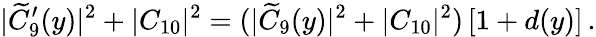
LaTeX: |\widetilde C_{9}^{\prime}(y)|^{2}+|C_{10}|^{2}=(|\widetilde C_{9}(y)|^{2}+|C_{10}|^{2})\, [1+d(y)]\, .